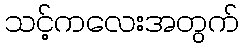
သင့်ကလေးအတွက်